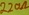
Text: 220Ω